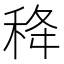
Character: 𥞜